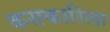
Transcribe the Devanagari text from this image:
कसकारिला